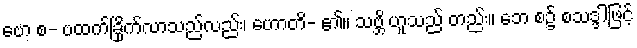
ဗော စ- ဗထက်ခြိုက်လာသည်လည်း၊ ဟောတိ- ၏။ သဗ္ဘိ ဟူသည် တည်း။ ဘေ စ၌ စသဒ္ဒါဖြင့်